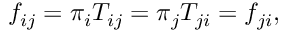
f _ { i j } = \pi _ { i } T _ { i j } = \pi _ { j } T _ { j i } = f _ { j i } ,